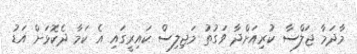
މާދަމާ ޖަލްސާ ކުރިއަށްދާ ވަގުތު މަޖިލިސް ކައިރީގައި އެ ކަމާ ދެކޮޅަށް އަޑު